DOW-UAP-D48, Department of the Air Force Report, 1996
Agency: Department of War
Incident date: 9/10/96
Page 40
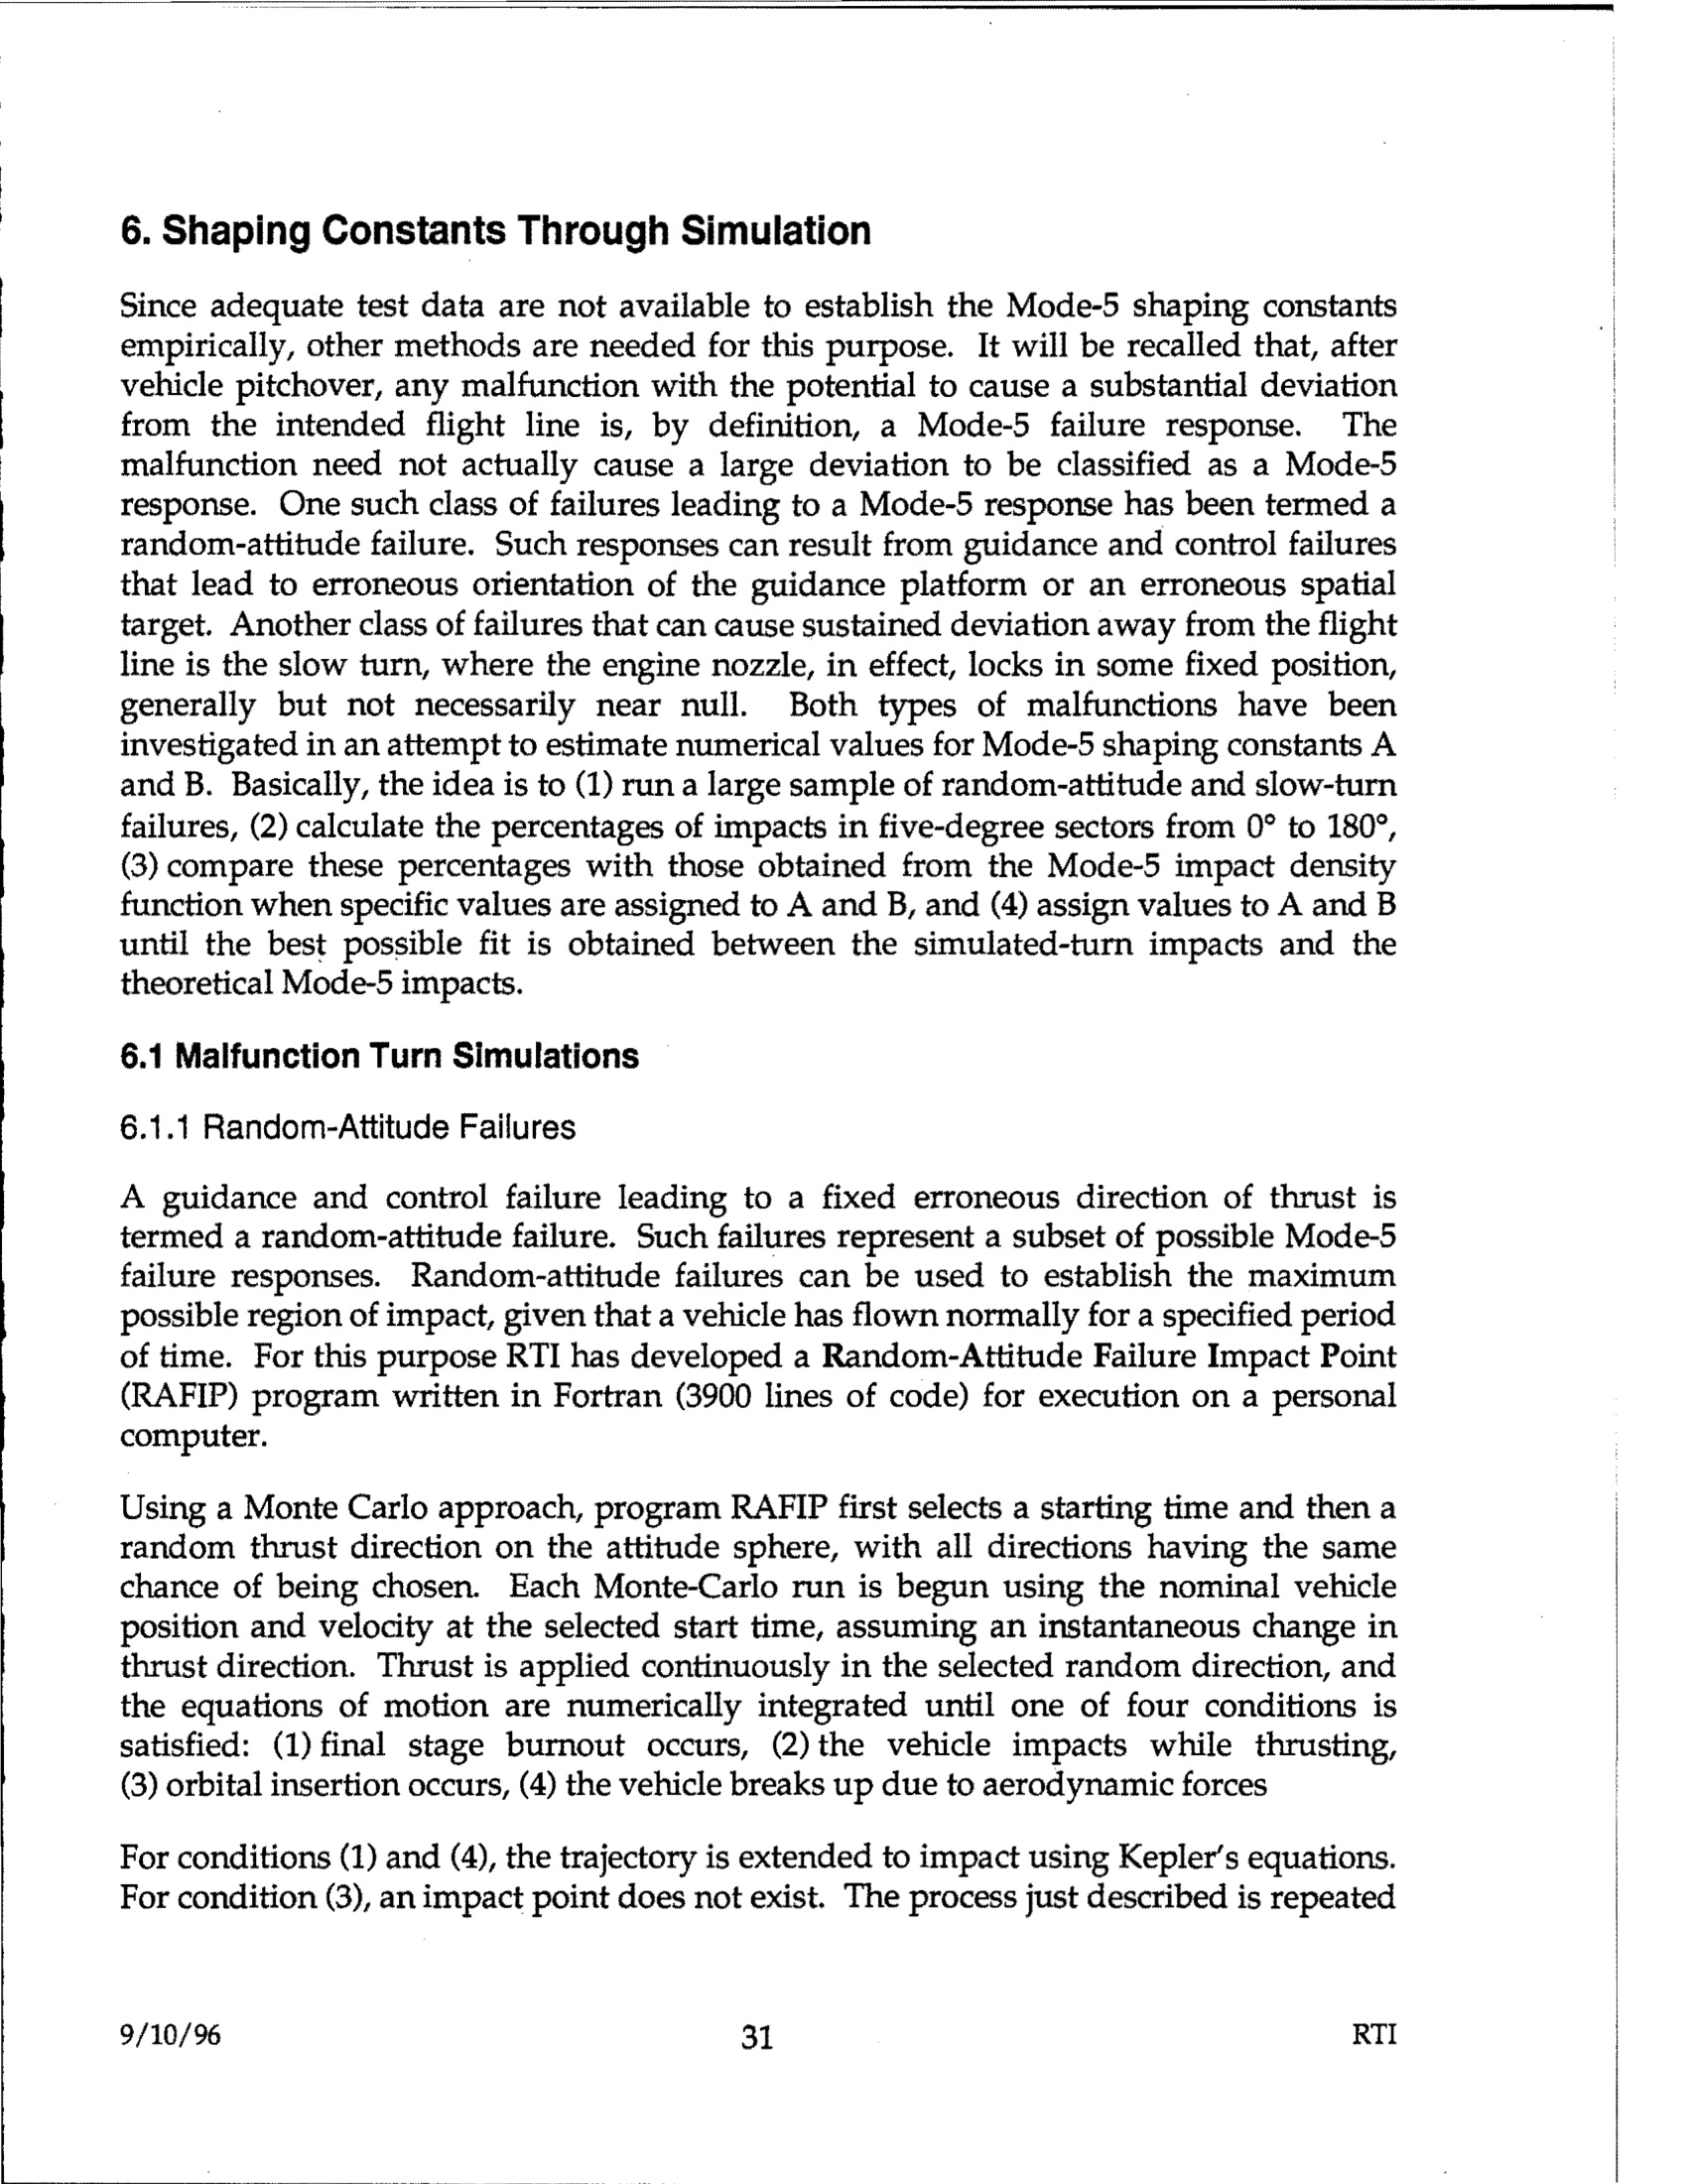